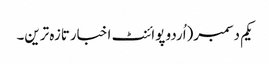
یکم دسمبر(اُردو پوائنٹ اخبارتازہ ترین۔